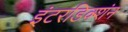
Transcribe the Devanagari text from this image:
इंटरडिक्शंन